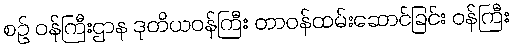
စဉ် ဝန်ကြီးဌာန ဒုတိယဝန်ကြီး တာဝန်ထမ်းဆောင်ခြင်း ဝန်ကြီး